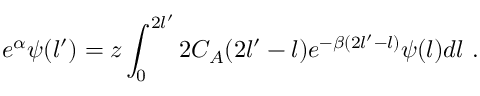
e ^ { \alpha } \psi ( l ^ { \prime } ) = z \int _ { 0 } ^ { 2 l ^ { \prime } } 2 C _ { A } ( 2 l ^ { \prime } - l ) e ^ { - \beta ( 2 l ^ { \prime } - l ) } \psi ( l ) d l \ .